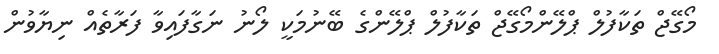
މޯގޭޖް ތަކާފުލް ޕްލޭންމޯގޭޖް ތަކާފުލް ޕްލޭންގެ ބޭނުމަކީ ލޯނު ނަގާފައިވާ ފަރާތެއް ނިޔާވުން